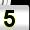
Digit: 5